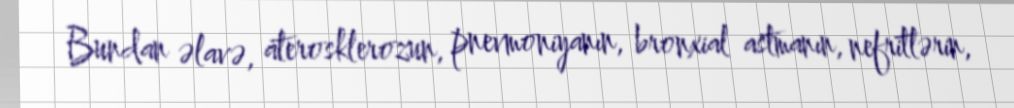
Bundan əlavə, aterosklerozun, pnevmoniyanın, bronxial astmanın, nefritlərin,